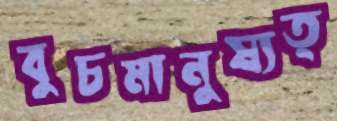
বুচমানুষ্যত্